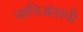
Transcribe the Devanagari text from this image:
जातिअंताची